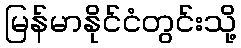
မြန်မာနိုင်ငံတွင်းသို့